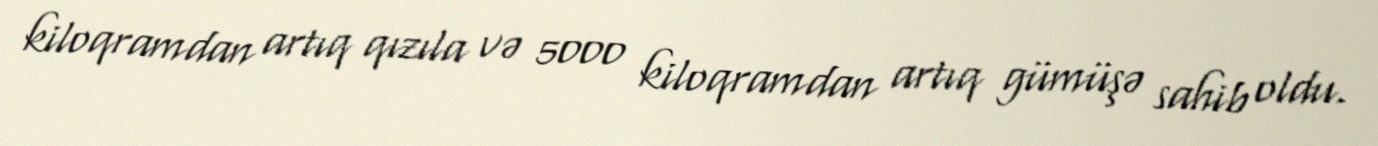
kiloqramdan artıq qızıla və 5000 kiloqramdan artıq gümüşə sahib oldu.